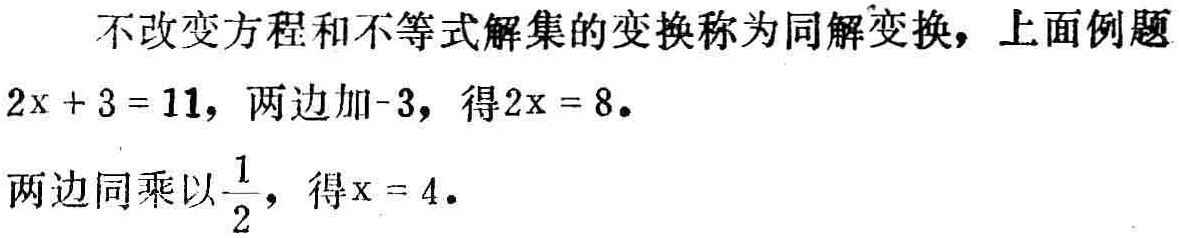
不改变方程和不等式解集的变换称为同解变换，上面例题
\(2x + 3 = 11\)，两边加\(-3\)，得\(2x = 8\)。
两边同乘以\(\frac{1}{2}\)，得\(x = 4\)。